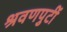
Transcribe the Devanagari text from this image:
श्रवणपुटीं